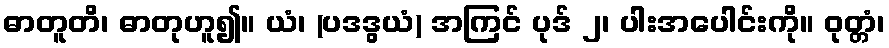
ဓာတူတိ၊ ဓာတုဟူ၍။ ယံ၊ (ပဒဒွယံ) အကြင် ပုဒ် ၂၊ ပါးအပေါင်းကို။ ဝုတ္တံ၊